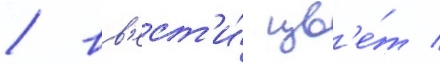
/ вв'ест'и́ цв'е́т /